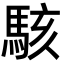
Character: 駭